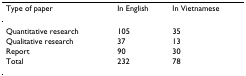
| Type of paper | In English | In Vietnamese |
 | --- | --- | --- |
 | Quantitative research | 105 | 35 |
 | Qualitative research | 37 | 13 |
 | Report | 90 | 30 |
 | Total | 232 | 78 |